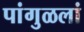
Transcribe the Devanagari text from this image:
पांगुळलां